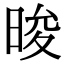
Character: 晙